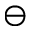
\ominus